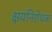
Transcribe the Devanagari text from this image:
क्षयनिरोधक